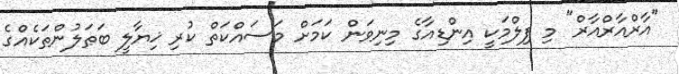
"އާރްއާރްއާރް" މި ފިލްމަކީ އިންޑިއާގެ މިނިވަން ކަމަށް މަސައްކަތް ކުރި ޚިޔާލީ ބަޠަލުންތަކެއްގެ